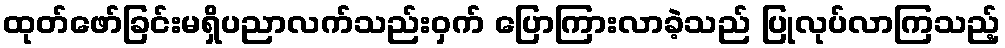
ထုတ်ဖော်ခြင်းမရှိပညာလက်သည်းဝှက် ပြောကြားလာခဲ့သည် ပြုလုပ်လာကြသည့်